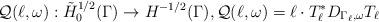
LaTeX: \begin{align*}\mathcal Q (\ell, \omega) &: \tilde H^{1/2}_0 (\Gamma) \to H^{-1/2}(\Gamma), \mathcal Q (\ell, \omega) = \ell \cdot T_\ell^* D_{\Gamma_\ell, \omega} T_\ell \end{align*}